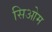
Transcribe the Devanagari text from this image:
सिओम